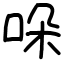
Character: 哚